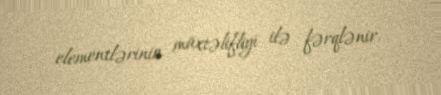
elementlərinin müxtəlifliyi ilə fərqlənir.